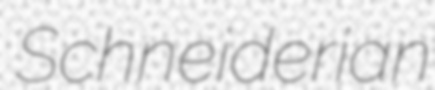
Schneiderian